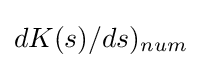
dK(s)/ds)_{num}